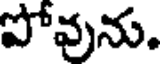
పోవును.